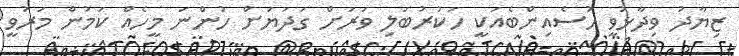
ޒިޔާދު ވިދާޅުވީ ހުސެއިންބެއަކީ ހަކުރުބަލި ވަރަށް ގަދަޔަށް ހުންނަ މީހެއް ކަމުން މަރުވީ